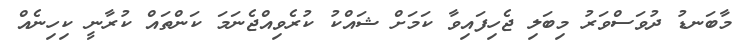
މާބަނޑު ދުވަސްވަރު މިބަލި ޖެހިފައިވާ ކަމަށް ޝައްކު ކުރެވިއްޖެނަމަ ކަންތައް ކުރާނީ ކިހިނެއް